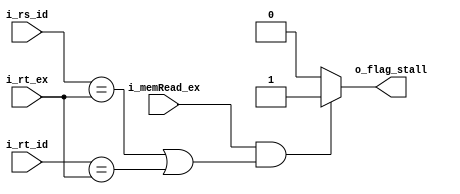
`timescale 1ns / 1ps
//////////////////////////////////////////////////////////////////////////////////
// Company: 
// Engineer: 
// 
// Design Name: 
// Module Name: unidad_deteccion_riesgo
// Project Name: 
// Target Devices: 
// Tool Versions: 
// Description: 
// 
// Dependencies: 
// 
// Revision:
// Revision 0.01 - File Created
// Additional Comments:
// 
//////////////////////////////////////////////////////////////////////////////////


module unidad_deteccion_riesgo
#(
    parameter LEN = 32,
    parameter NB_ADDRESS_REGISTROS=5  
)
(
    input [NB_ADDRESS_REGISTROS-1:0] i_rs_id,
    input [NB_ADDRESS_REGISTROS-1:0] i_rt_id,
    input [NB_ADDRESS_REGISTROS-1:0] i_rt_ex, 
    input i_memRead_ex,
    output o_flag_stall
);
    assign o_flag_stall = ( (i_memRead_ex == 1'b1) & ((i_rs_id==i_rt_ex) | (i_rt_id==i_rt_ex))) ? 1'b1 : 1'b0;
    
endmodule